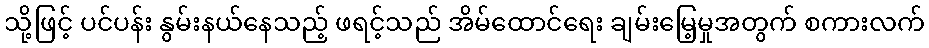
သို့ဖြင့် ပင်ပန်း နွမ်းနယ်နေသည့် ဖရင့်သည် အိမ်ထောင်ရေး ချမ်းမြေ့မှုအတွက် စကားလက်